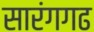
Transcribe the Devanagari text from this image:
सारंगगढ